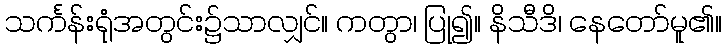
သင်္ကန်းရုံအတွင်း၌သာလျှင်။ ကတွာ၊ ပြု၍။ နိသီဒိ၊ နေတော်မူ၏။